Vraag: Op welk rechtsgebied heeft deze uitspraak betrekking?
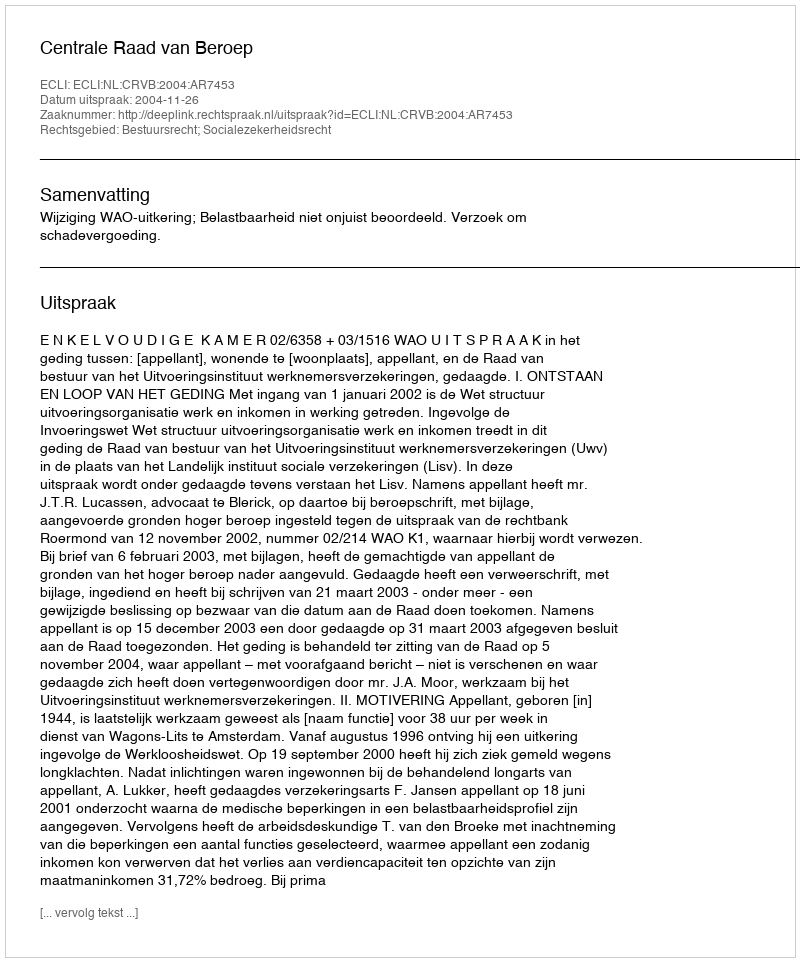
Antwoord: Bestuursrecht; Socialezekerheidsrecht